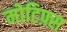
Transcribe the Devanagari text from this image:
मोटिफ़्स